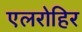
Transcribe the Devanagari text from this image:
एलरोहिर